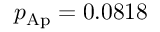
p _ { \mathrm { A p } } = 0 . 0 8 1 8